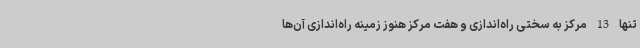
تنها 13 مرکز به سختی راه‌اندازی و هفت مرکز هنوز زمینه راه‌اندازی آن‌ها